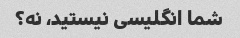
شما انگلیسی نیستید، نه؟